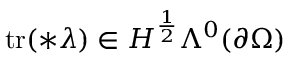
\mathrm { t r } ( \ast \lambda ) \in H ^ { \frac { 1 } { 2 } } \Lambda ^ { 0 } ( \partial \Omega )